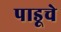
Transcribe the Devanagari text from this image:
पाडूचे